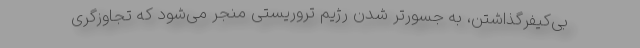
بی‌کیفرگذاشتن، به جسورتر شدن رژیم تروریستی منجر می‌شود که تجاوزگری